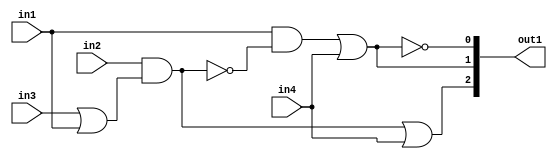
`timescale 1ps / 1ps
/*****************************************************************************
    Verilog RTL Description
    
    
    Created by: Stratus DpOpt 21.05.01 
*******************************************************************************/

module SobelFilter_gen_busy_r_4_0 (
	in1,
	in2,
	in3,
	in4,
	out1
	); /* architecture "behavioural" */ 
input  in1,
	in2,
	in3,
	in4;
output [2:0] out1;
wire  asc004,
	asc005,
	asc007,
	asc009,
	asc010,
	asc012,
	asc014;
wire [2:0] asc015;

assign asc005 = 
	(in3)
	|(in1);

assign asc004 = 
	(in2)
	&(asc005);

assign asc007 = 
	(asc004)
	|(in4);

assign asc012 = 
	((~asc004));

assign asc010 = 
	(in1)
	&(asc012);

assign asc009 = 
	(asc010)
	|(in4);

assign asc014 = 
	((~asc009));

assign asc015 = {asc007,asc009,asc014};

assign out1 = asc015;
endmodule

/* CADENCE  vrH2TAo= : u9/ySxbfrwZIxEzHVQQV8Q== ** DO NOT EDIT THIS LINE ******/